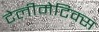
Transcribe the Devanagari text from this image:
टेलीमेटिक्स